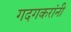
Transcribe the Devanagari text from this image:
गदगकरांनी